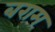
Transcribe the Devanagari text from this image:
बराम